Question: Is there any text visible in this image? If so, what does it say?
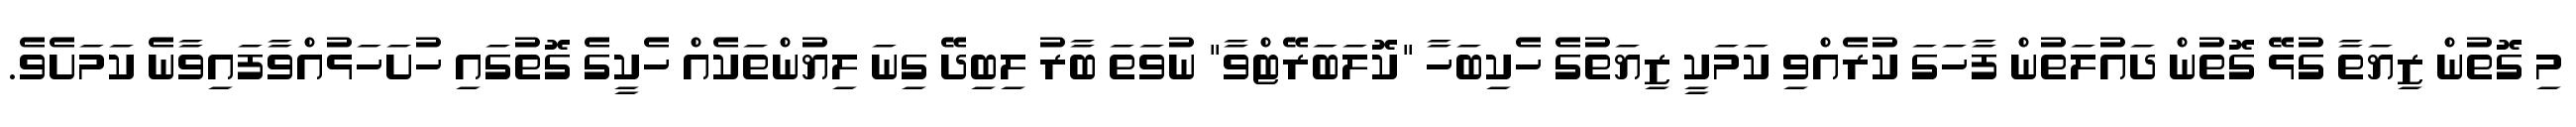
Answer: މި ގޮތުން ޒިޔަތާ ގުޅޭ ގޮތުން ދައުލަތުން ފާހަގަ ކުރެއްވި ކަމަކީ ޒިޔަތުގެ ހެކިބަހާ "ކޮލަބަރޭޓްވާ" ނުވަތަ ބާރު ލިބިދޭ ގިނަ ލިޔުންތަކެއް ހެކީގެ ގޮތުގައި ހުށަހަޅުއްވާފައިވާނެ ކަމަށެވެ.